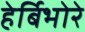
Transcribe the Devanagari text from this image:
हेर्बिभोरे